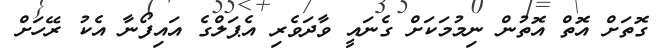
ގޮތަށް އޮތް އޮތުން ނިމުމަކަށް ގެނައީ ވާދަވެރި އެޕަލްގެ އައިފޯނާ އެކު ރޭހަށް